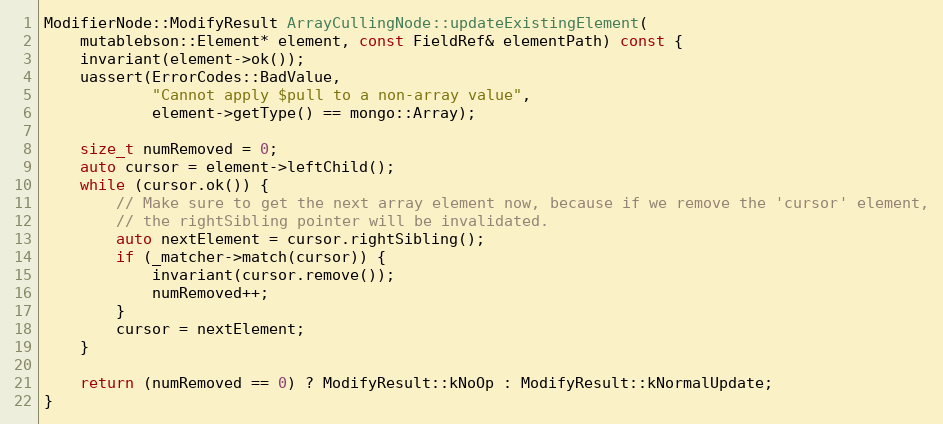
Language: C++
ModifierNode::ModifyResult ArrayCullingNode::updateExistingElement(
    mutablebson::Element* element, const FieldRef& elementPath) const {
    invariant(element->ok());
    uassert(ErrorCodes::BadValue,
            "Cannot apply $pull to a non-array value",
            element->getType() == mongo::Array);

    size_t numRemoved = 0;
    auto cursor = element->leftChild();
    while (cursor.ok()) {
        // Make sure to get the next array element now, because if we remove the 'cursor' element,
        // the rightSibling pointer will be invalidated.
        auto nextElement = cursor.rightSibling();
        if (_matcher->match(cursor)) {
            invariant(cursor.remove());
            numRemoved++;
        }
        cursor = nextElement;
    }

    return (numRemoved == 0) ? ModifyResult::kNoOp : ModifyResult::kNormalUpdate;
}